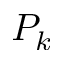
P _ { k }